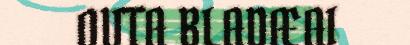
OVTA BLADÆAI